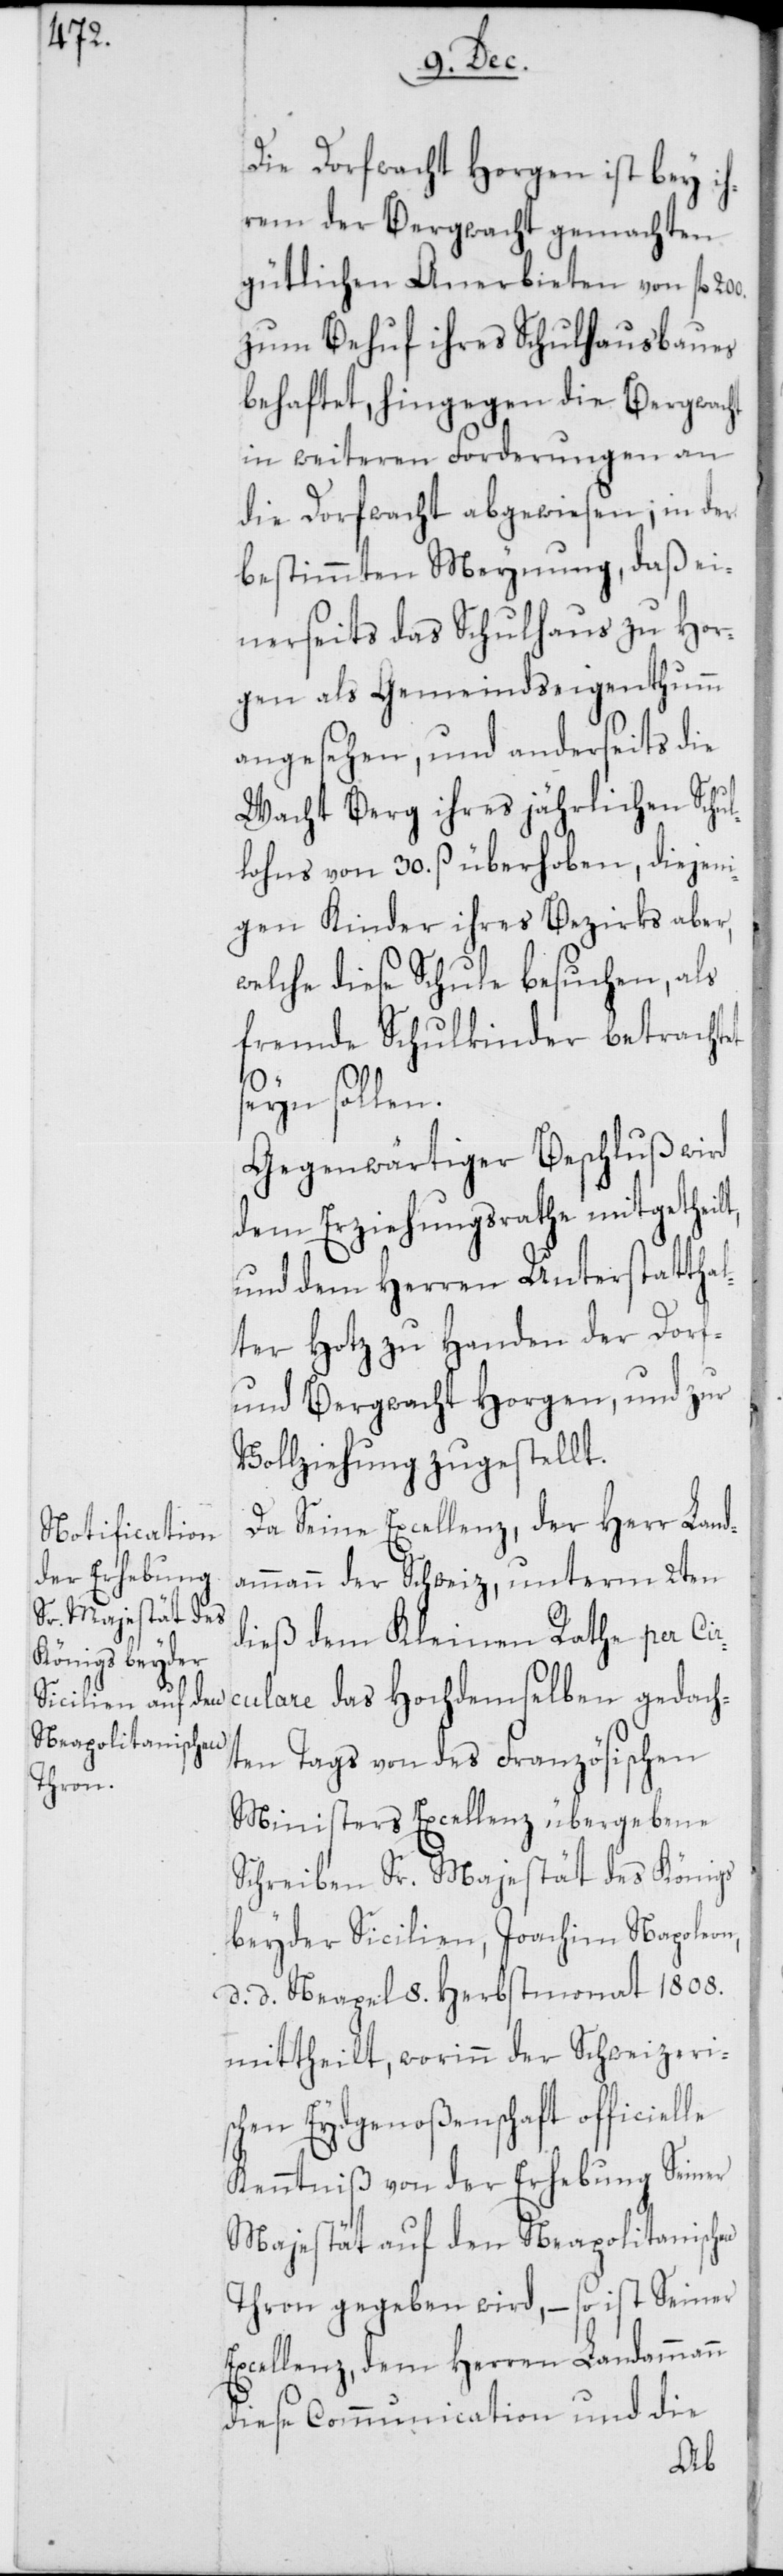
Die Dorfwacht Horgen ist bey ih¬
rem der Bergwacht gemachten
gütlichen Anerbieten von fl.
zum Behuf ihres Schulhausbaues
behaftet, hingegen die Bergwacht
in weiteren Forderungen an
die Dorfwacht abgewiesen; in der
bestimmten Meynung, daß ei¬
nerseits das Schulhaus zu Hor¬
gen als Gemeindseigenthumm
angesehen, und anderseits die
Wacht Berg ihres jährlichen Schul¬
lohns von 30. ß. überhoben, diejeni¬
gen Kinder ihres Bezirks aber,
welche diese Schule besuchen, als
fremde Schulkinder betrachtet
seyn sollen.
Gegenwärtiger Beschluß wird
dem Erziehungsrathe mitgethei¬
und dem Herren Unterstatthal¬
ter Hotz zu Handen der Dorf-
und Bergwacht Horgen, und zur
Vollziehung zugestellt.
Da Seine Excellenz, der Herr Land¬
ammann der Schweiz, unterm 2ten
dieß dem Kleinen Rathe per Ci¬
rculare das Hochdemselben gedach¬
ten Tags von des Französischen
Ministers Excellenz übergebene
Schreiben Sr. Majestät des Königs
beyder Sicilien, Joachim Napoleon,
d. d. Neapel, 8. Herbstmonat 1808.
mittheilt, worinn der Schweizeri¬
schen Eydgenoßenschaft officielle
Kenntniß von der Erhebung Seiner
Majestät auf den Neapolitanischen
Thron gegeben wird, – so ist Seiner
xcellenz, dem Herren Landamman¬
diese Communication und die
n